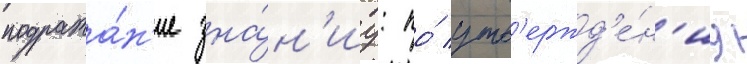
подража́н'ие зна́н'иу: по́ утв'ержд'е́н'иу